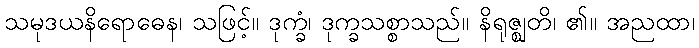
သမုဒယနိရောဓေန၊ သဖြင့်။ ဒုက္ခံ၊ ဒုက္ခသစ္စာသည်။ နိရုဇ္ဈတိ၊ ၏။ အညထာ၊